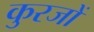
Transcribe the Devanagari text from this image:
कुरजों